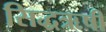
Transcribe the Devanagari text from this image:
सिद्धऋषी